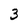
Character: 3